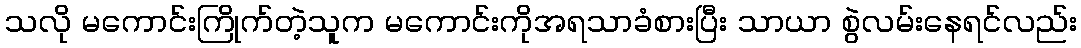
သလို မကောင်းကြိုက်တဲ့သူက မကောင်းကိုအရသာခံစားပြီး သာယာ စွဲလမ်းနေရင်လည်း